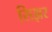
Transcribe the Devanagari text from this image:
सिझर